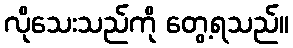
လိုသေးသည်ကို တွေ့ရသည်။